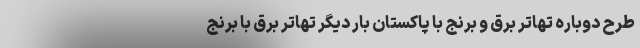
طرح دوباره تهاتر برق و برنج با پاکستان بار دیگر تهاتر برق با برنج